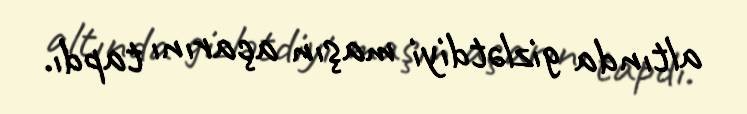
altında gizlətdiyi maşın açarını tapdı.